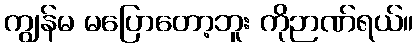
ကျွန်မ မပြောတော့ဘူး ကိုဉာဏ်ရယ်။